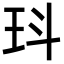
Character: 㺶